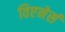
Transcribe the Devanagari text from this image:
विएनेर्स